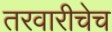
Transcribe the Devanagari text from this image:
तरवारीचेच